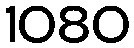
1080